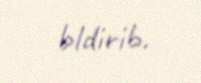
bldirib.